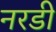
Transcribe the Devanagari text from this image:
नरडी